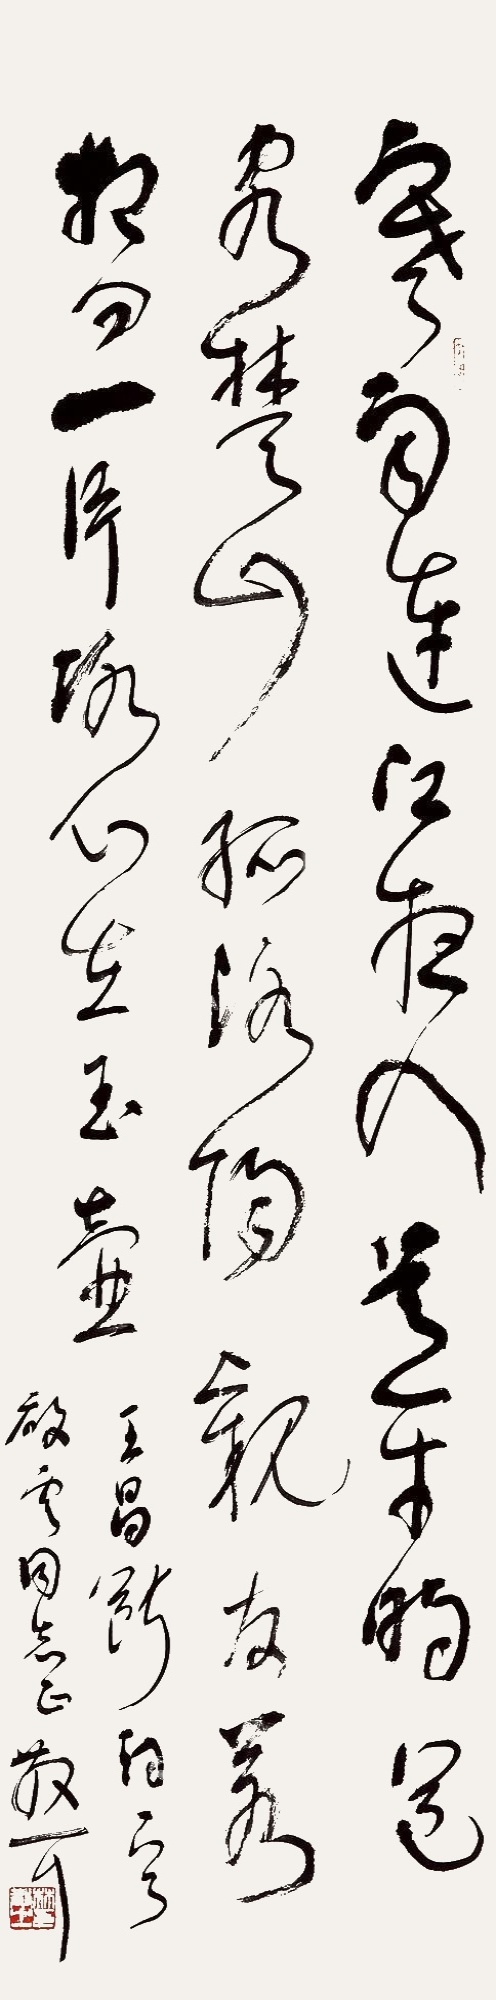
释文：寒雨连江夜入吴，平明送客楚山孤。洛阳亲友如相问，一片冰心在玉壶。王昌龄诗一首。启云同志正，散耳。